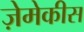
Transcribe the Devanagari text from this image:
ज़ेमेकीस